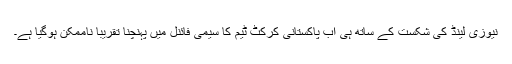
نیوزی لینڈ کی شکست کے ساتھ ہی اب پاکستانی کرکٹ ٹیم کا سیمی فائنل میں پہنچنا تقریباً ناممکن ہوگیا ہے۔